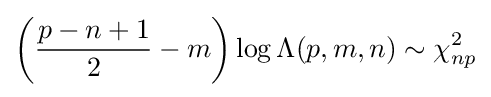
\left({\frac {p-n+1}{2}}-m\right)\log \Lambda (p,m,n)\sim \chi _{np}^{2}